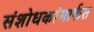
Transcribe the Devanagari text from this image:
संशोधकांमार्फत